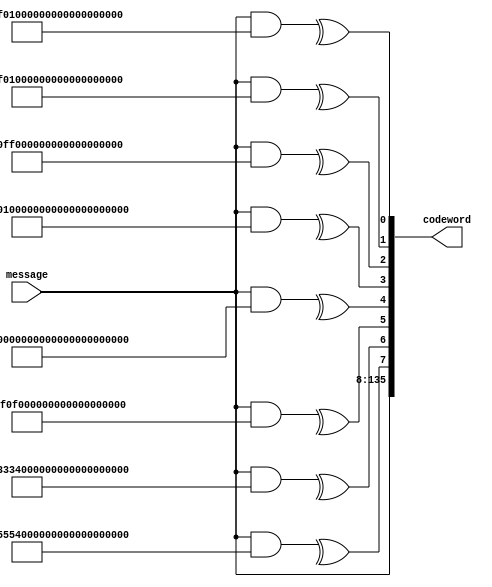

module SEC_encoder(input [127:0] message, output [135:0] codeword);

	assign codeword[135:8] = message[127:0];
	assign codeword[7] = ^(message&128'b01010101010101010101010101010101010101010101010101010101010101010101010101010101010101010101010101010101010101010101010101010101);
	assign codeword[6] = ^(message&128'b00110011001100110011001100110011001100110011001100110011001100110011001100110011001100110011001100110011001100110011001100110011);
	assign codeword[5] = ^(message&128'b00001111000011110000111100001111000011110000111100001111000011110000111100001111000011110000111100001111000011110000111100001111);
	assign codeword[4] = ^(message&128'b11111111000000001111111100000000000000001111111111111111000000001111111100000000000000001111111111111111000000000000000011111111);
	assign codeword[3] = ^(message&128'b11111111000000000000000011111111111111110000000011111111000000000000000011111111111111110000000011111111000000000000000011111111);
	assign codeword[2] = ^(message&128'b00000000111111111111111100000000111111110000000011111111000000000000000011111111000000001111111100000000111111111111111100000000);
	assign codeword[1] = ^(message&128'b00000000111111110000000011111111000000001111111100000000111111111111111100000000111111110000000011111111000000001111111100000000);
	assign codeword[0] = ^(message&128'b00000000111111110000000011111111000000001111111100000000111111110000000011111111000000001111111100000000111111110000000011111111);

endmodule